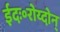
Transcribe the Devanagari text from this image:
ईदः॰रोय्दोन्